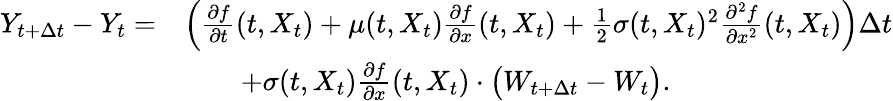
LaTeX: \begin{array}{rl}{Y_{t+\Delta t}-Y_{t}=}&{\left(\frac{\partial f}{\partial t}(t,X_{t})+\mu(t,X_{t})\frac{\partial f}{\partial x}(t,X_{t})+\frac{1}{2}\sigma(t,X_{t})^{2}\frac{\partial^{2}f}{\partial x^{2}}(t,X_{t})\right)\Delta t}\\ &{\qquad+\sigma(t,X_{t})\frac{\partial f}{\partial x}(t,X_{t})\cdot\bigl(W_{t+\Delta t}-W_{t}\bigr).}\end{array}